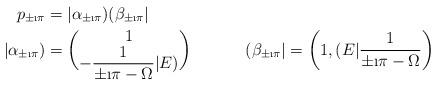
LaTeX: \begin{align*} p_{\pm \i \pi}&=|\alpha_{\pm \i \pi})(\beta_{\pm \i \pi}|\\ |\alpha_{\pm \i \pi})&= \binom{1}{-\displaystyle\frac{1}{\pm\i \pi-\Omega}|E)}& (\beta_{\pm \i \pi}|&=\left( 1, (E|\frac{1}{\pm \i \pi-\Omega}\right)\end{align*}